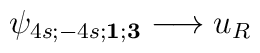
\psi_{4s;-4s; {\mathbf 1}; {\mathbf 3}} \longrightarrow u_R\hskip5.3cm